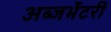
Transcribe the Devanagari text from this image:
अब्जर्भेटरी